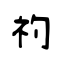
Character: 礿